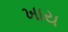
ખાય